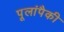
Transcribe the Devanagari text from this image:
पूलांपैकी